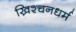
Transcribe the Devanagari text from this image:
ख्रिश्चनधर्म